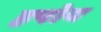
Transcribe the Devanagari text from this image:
हपोय